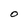
Character: O